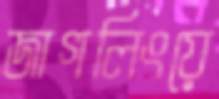
জাগলিংয়ে